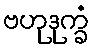
ဗဟုဒုက္ခံ